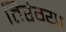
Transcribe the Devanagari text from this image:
तिरंग्या